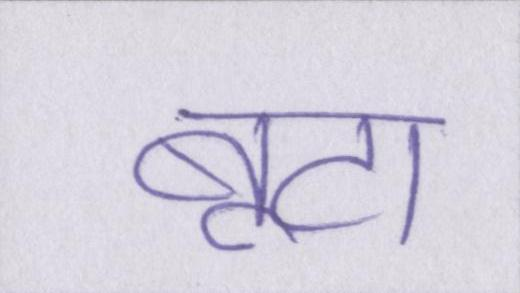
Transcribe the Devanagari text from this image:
बूटा